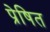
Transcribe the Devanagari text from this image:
प्रेषित